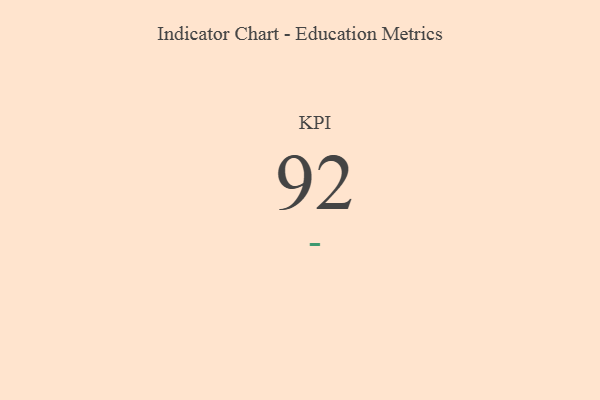
{"axis": {"x": "KPI", "y": "Value"}, "legend": [""], "data": [{"x": "KPI", "y": 92, "type": ""}]}